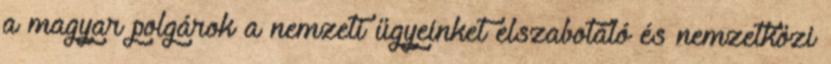
a magyar polgárok a nemzeti ügyeinket elszabotáló és nemzetközi